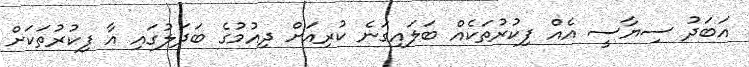
އަބަދު ސިޔާސީ އެއް ފިކުރުތަކެއް ބަލައިގަނެ ކުރިއަށް ދިއުމުގެ ބަދަލުގައި އާ ފިކުރުތަކަށް